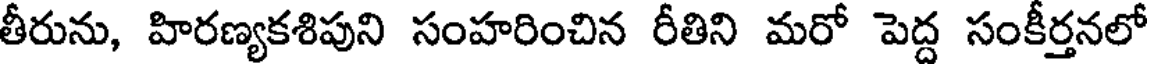
తీరును, హిరణ్యకశిపుని సంహరించిన రీతిని మరో పెద్ద సంకీర్తనలో